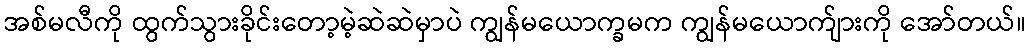
အစ်မလီကို ထွက်သွားခိုင်းတော့မဲ့ဆဲဆဲမှာပဲ ကျွန်မယောက္ခမက ကျွန်မယောက်ျားကို အော်တယ်။